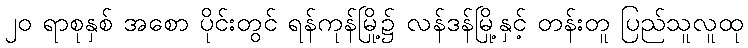
၂၀ ရာစုနှစ် အစော ပိုင်းတွင် ရန်ကုန်မြို့၌ လန်ဒန်မြို့နှင့် တန်းတူ ပြည်သူလူထု